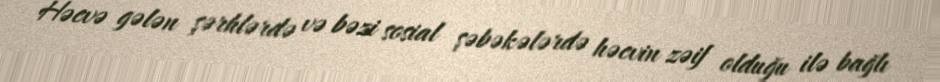
Həcvə gələn şərhlərdə və bəzi sosial şəbəkələrdə həcvin zəif olduğu ilə bağlı